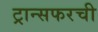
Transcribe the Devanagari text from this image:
ट्रान्सफरची